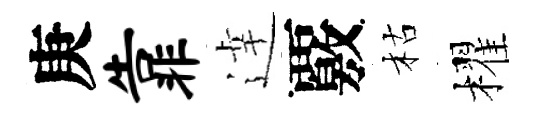
庚靠逹覈枯櫂